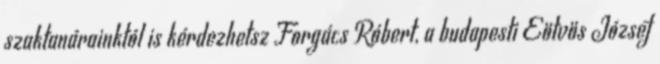
szaktanárainktól is kérdezhetsz Forgács Róbert, a budapesti Eötvös József